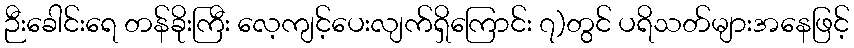
ဉီးခေါင်းရေ တန်ခိုးကြီး လေ့ကျင့်ပေးလျက်ရှိကြောင်း ၇)တွင် ပရိသတ်များအနေဖြင့်